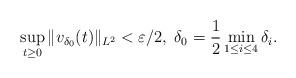
LaTeX: \begin{align*}\sup_{t\geq0}\|v_{\delta_0}(t)\|_{L^2}<\varepsilon/2,\;\delta_0=\frac{1}{2}\min_{1\leq i\leq 4}\delta_i.\end{align*}